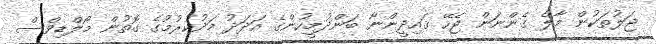
ޖަލުތަކުން މާލެ ގެންނަން ޖެހޭ ޤައިދީންނާ ބަންދުމީހުންގެ އަދަދު މަދުކުރުމުގެ ގޮތުން މޯލްޑިވްސް